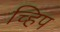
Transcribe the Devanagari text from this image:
च्हिप